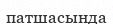
патшасында